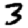
Digit: 3